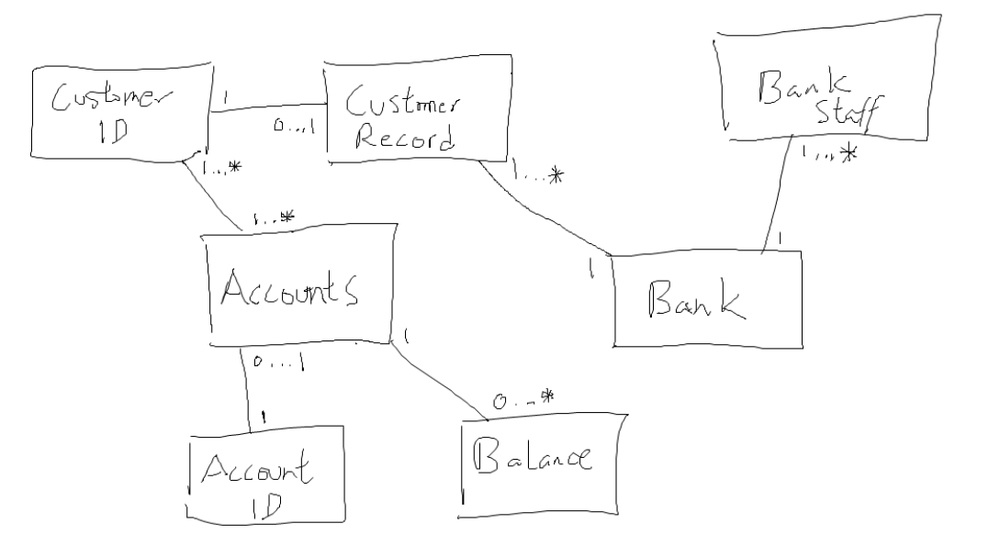
Diagram type: class_diagram
```plantuml
@startuml

class CustomerID

class CustomerRecord

class BankStaff

class Accounts

class Bank

class AccountID

class Balance

CustomerID "1" -- "0..1" CustomerRecord
CustomerID "1..*" -- "1..*" Accounts

Accounts "0..1" -down- "1" AccountID
Accounts "1" -down- "0..*"  Balance

CustomerRecord "1..*" -down- "1" Bank
Bank "1" -- "1..*" BankStaff

@enduml
```